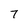
Character: 7